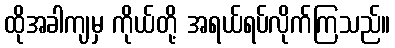
ထိုအခါကျမှ ကိုယ်တို့ အရယ်ရပ်လိုက်ကြသည်။